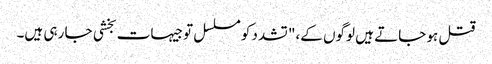
قتل ہو جاتے ہیں لوگوں کے،" تشدد کو مسلسل توجیہات بخشی جا رہی ہیں۔